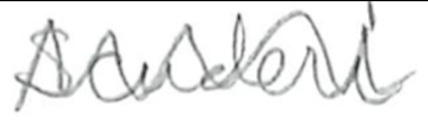
Text: Scuderi
Cross-out: zig-zag
Writing tool: pencil